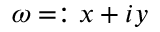
\omega = : x + i y